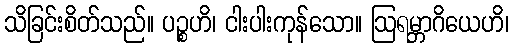
သိခြင်းစိတ်သည်။ ပဉ္စဟိ၊ ငါးပါးကုန်သော။ ဩရမ္ဘာဂိယေဟိ၊